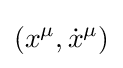
(x^{\mu },{\dot {x}}^{\mu })